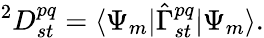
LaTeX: ^{2}D_{st}^{pq}=\langle\Psi_{m}|{\hat{\Gamma}}_{st}^{pq}|\Psi_{m}\rangle.